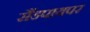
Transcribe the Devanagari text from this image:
सैंडपायपर